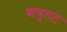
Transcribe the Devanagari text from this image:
शत्रुतट